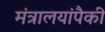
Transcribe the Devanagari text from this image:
मंत्रालयांपैकी